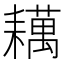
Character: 𬚑